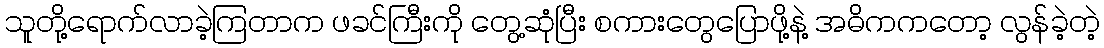
သူတို့ရောက်လာခဲ့ကြတာက ဖခင်ကြီးကို တွေ့ဆုံပြီး စကားတွေပြောဖို့နဲ့ အဓိကကတော့ လွန်ခဲ့တဲ့